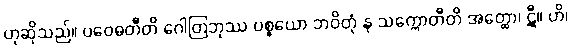
ဟုဆိုသည်။ ပဝေဓတီတိ ဂေါတြဘုဿ ပစ္စယော ဘဝိတုံ န သက္ကောတီတိ အတ္ထော၊ ဋီ။ ဟိ၊